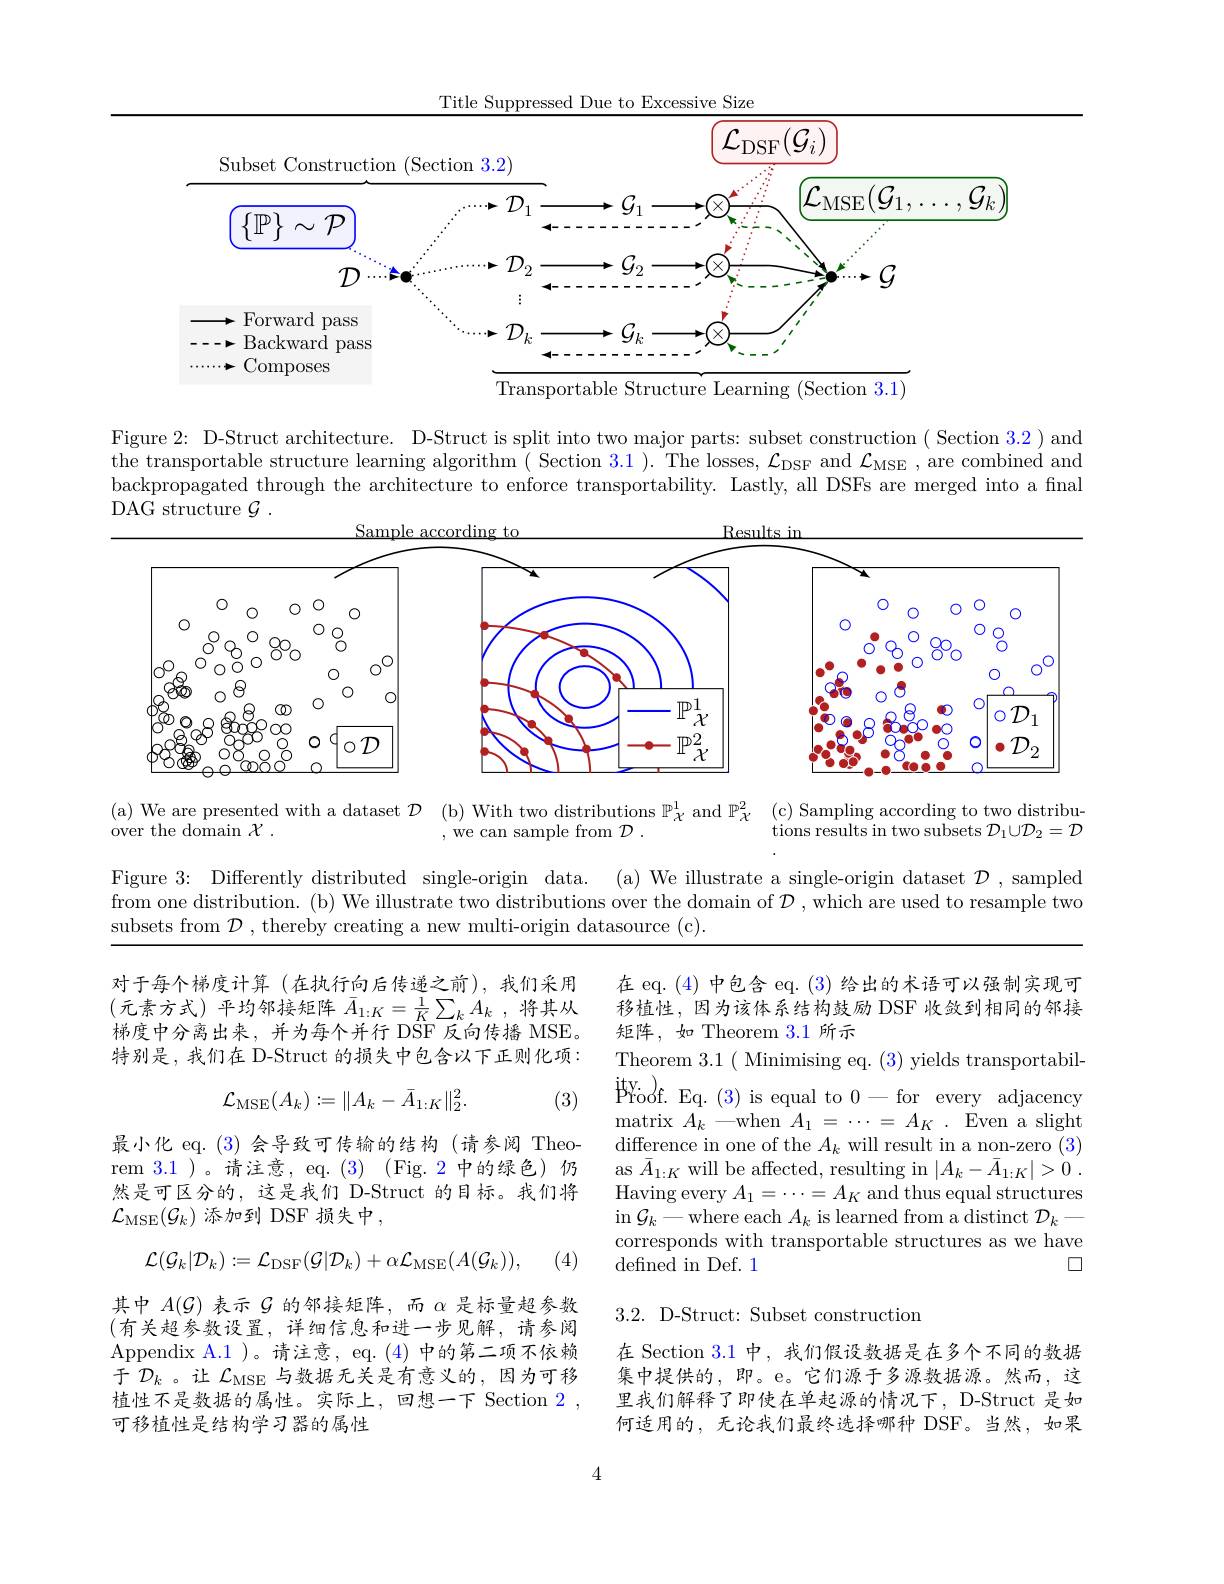
<FigureHere>

Figure 2: D-Struct architecture. D-Struct is split into two major parts: subset construction ( Section 3.2 ) and the transportable structure learning algorithm ( Section 3.1 ). The losses, $\mathcal{L}_\mathrm{DSF}$ and $\mathcal{L}_\mathrm{MSE}$, are combined and $\dot{\text{backpropagated through the architecture to enforce transportability. Lastly, all DSFs are merged into a final}}$ DAG structure $\mathcal{G}$ .

<FigureHere>

$\begin{array}{llll}\text{(a) We are presented with a dataset }\mathcal{D}&\text{(b) With two distributions }\mathbb{P}_{\chi}^{1}\mathrm{~and~}\mathbb{P}_{\chi}^{2}&\text{(c) Sampling according to two distribu-}\\\text{over the domain }\mathcal{X}_{.}&\text{,we can sample from }\mathcal{D}_{.}&\text{tions results in two subsets }\mathcal{D}_{1}\cup\mathcal{}\end{array}$ Figure 3: Differently distributed single-origin data. (a) We illustrate a single-origin dataset $\mathcal{D}$, sampled from one distribution. (b) We illustrate two distributions over the domain of $\mathcal{D}$,which are used to resample two subsets from $\mathcal{D}$ , thereby creating a new multi-origin datasource (c).

对于每个梯度计算(在执行向后传递之前),我们采用(元素方式)平均邻接矩阵$\bar{A}_1:K=\frac{1}{K}\sum_kA_k$,将其从梯度中分离出来，并为每个并行 DSF 反向传播 MSE。特别是，我们在 D-Struct 的损失中包含以下正则化项：
$$\mathcal{L}_{\mathrm{MSE}}(A_k):=\|A_k-\bar{A}_{1:K}\|_2^2.$$
在 eq. (4) 中包含 eq. (3) 给出的术语可以强制实现可移植性，因为该体系结构鼓励 DSF 收敛到相同的邻接矩阵，如 Theorem 3.1 所示
Theorem 3.1( Minimising eq. (3) yields transportabilmatrix $A_k$ —when $A_1=\cdots=A_K$ . Even a slight difference in one of the $A_k$ will result in a non-zero (3) as $\bar{A}_{1:K}$ will be affected, resulting in $| A_k- \bar{A} _{1: K}| > 0$ . Having every $A_1=\cdots=A_K$ and thus equal structures $\operatorname{in}\mathcal{G}_k-\operatorname{where}\operatorname{each}A_k$ is learned from a distinct $\mathcal{D}_k-$ corresponds with transportable structures as we have
$\square$
defined in Def. 1

最小化 eq. (3) 会导致可传输的结构 (请参阅 Theorem 3.1 )。请注意，eq. (3) (Fig. 2 中的绿色)仍然是可区分的，这是我们 D-Struct 的目标。我们将$\mathcal{L}_{\mathrm{MSE}}(\mathcal{G}_k)$添加到 DSF 损失中，
$$\mathcal{L}(\mathcal{G}_{k}|\mathcal{D}_{k}):=\mathcal{L}_{\mathrm{DSF}}(\mathcal{G}|\mathcal{D}_{k})+\alpha\mathcal{L}_{\mathrm{MSE}}(A(\mathcal{G}_{k})),$$
(4)

3.2. D-Struct: Subset construction

其中$A(\mathcal{G})$表示$\mathcal{G}$的邻接矩阵，而$\alpha$是标量超参数(有关超参数设置，详细信息和进一步见解，请参阅Appendix A.1 )。请注意，eq. (4) 中的第二项不依赖于$\mathcal{D}_k$。让 $\mathcal{L}_\mathrm{MSE}$ 与数据无关是有意义的，因为可移植性不是数据的属性。实际上，回想一下 Section 2 , 可移植性是结构学习器的属性

在 Section 3.1 中，我们假设数据是在多个不同的数据集中提供的，即。e。它们源于多源数据源。然而，这里我们解释了即使在单起源的情况下，D-Struct 是如何适用的，无论我们最终选择哪种 DSF。当然，如果

4